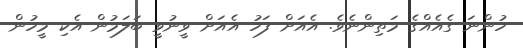
ހުންނަ ގެއެއްގެ މަތިންނެވެ. އެއަށް ފަހު އެއަށް ވީނުވީ ބަލަމުން އެކި މީހުން